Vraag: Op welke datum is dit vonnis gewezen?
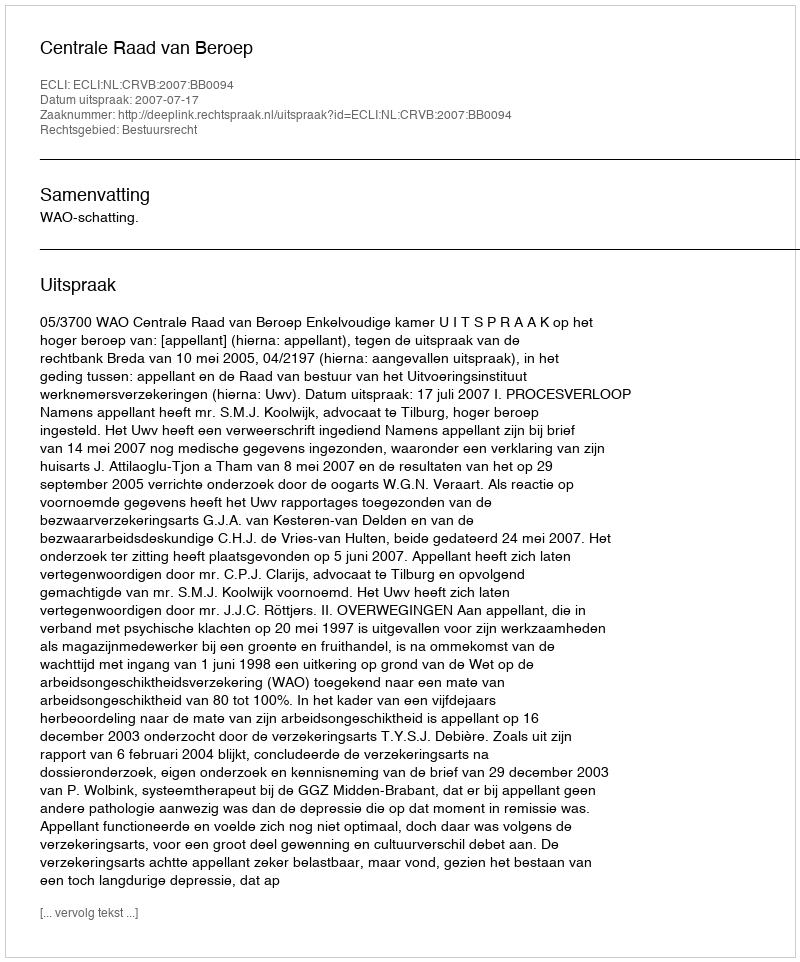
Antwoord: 2007-07-17